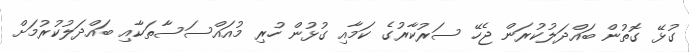
ގުޅޭ ގޮތުން ބައްދަލުކުރަން ޖެހޭ ސަރުކާރުގެ ކަމާއި ގުޅުން ހުރި މުއައްސަސާތަކާއި ބައްދަލުކުރުމަށް